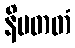
နိပတတံ